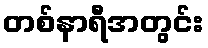
တစ်နာရီအတွင်း